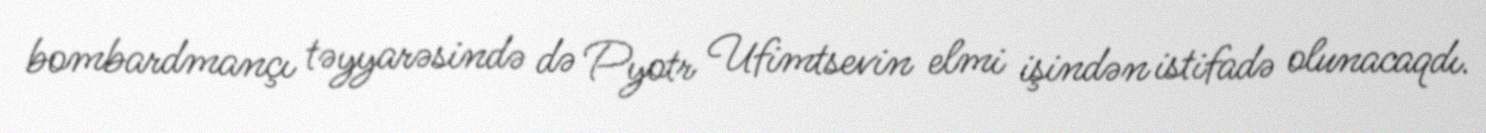
bombardmançı təyyarəsində də Pyotr Ufimtsevin elmi işindən istifadə olunacaqdı.